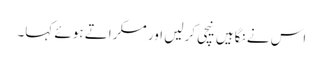
اس نے نگاہیں نیچی کرلیں اور مسکراتے ہوئے کہا۔